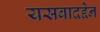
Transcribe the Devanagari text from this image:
यसबादद्देन